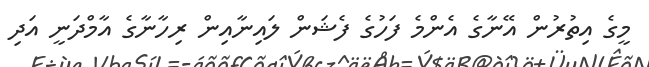
މީގެ އިތުރުން އޭނާގެ އެންމެ ފަހުގެ ފެޝަން ލައިނާއިން ރިހާނާގެ އާމްދަނީ އަދި